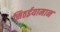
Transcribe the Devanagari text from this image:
मिठईयामान